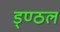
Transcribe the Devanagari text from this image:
ड्ण्ठल